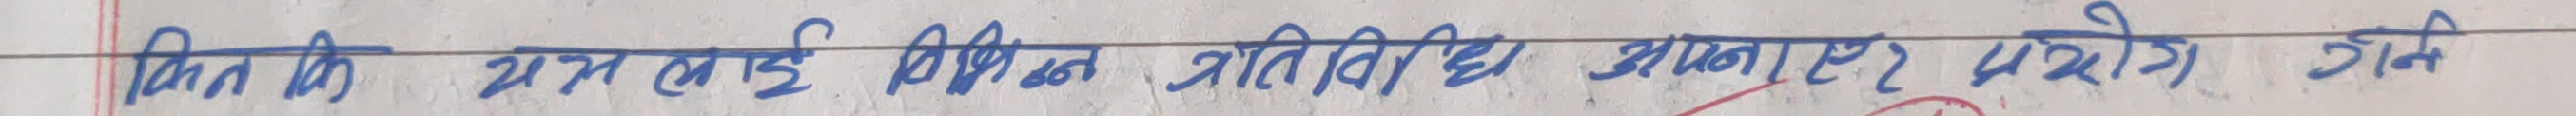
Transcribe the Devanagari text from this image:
किन् म लाई विभिन्न गतिविधिहरू भन्नुहोस् परयोत्री गर्ने